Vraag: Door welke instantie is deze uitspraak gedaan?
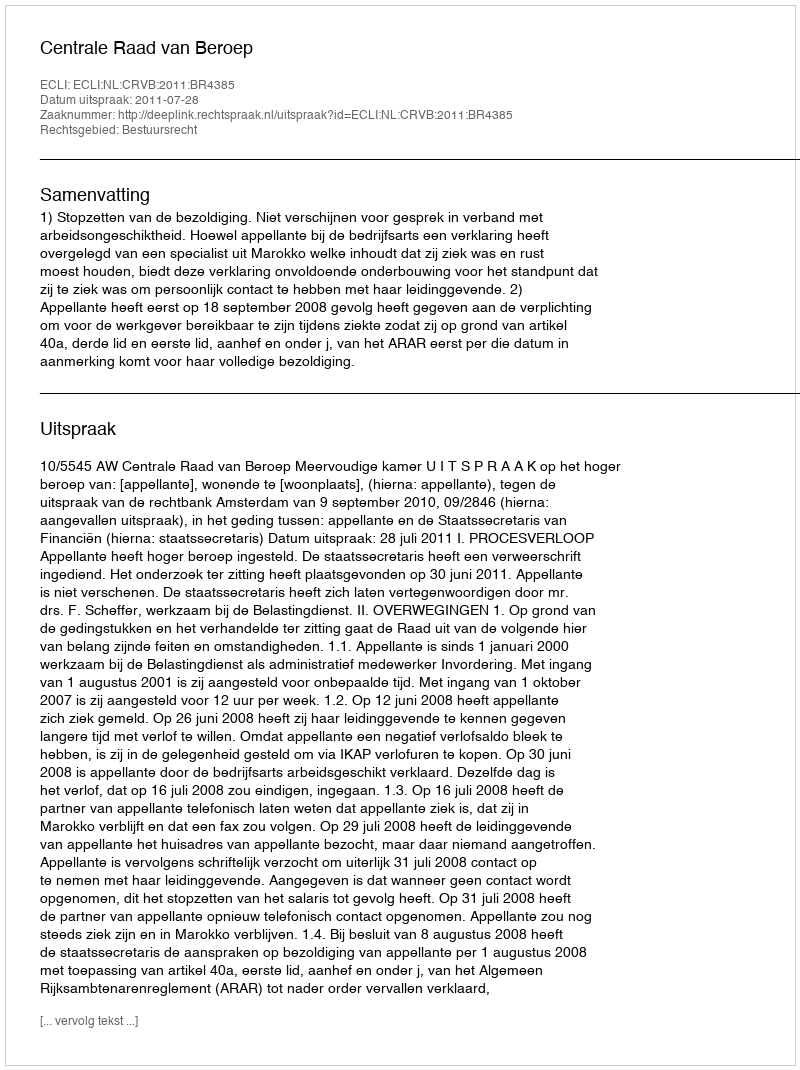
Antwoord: Centrale Raad van Beroep